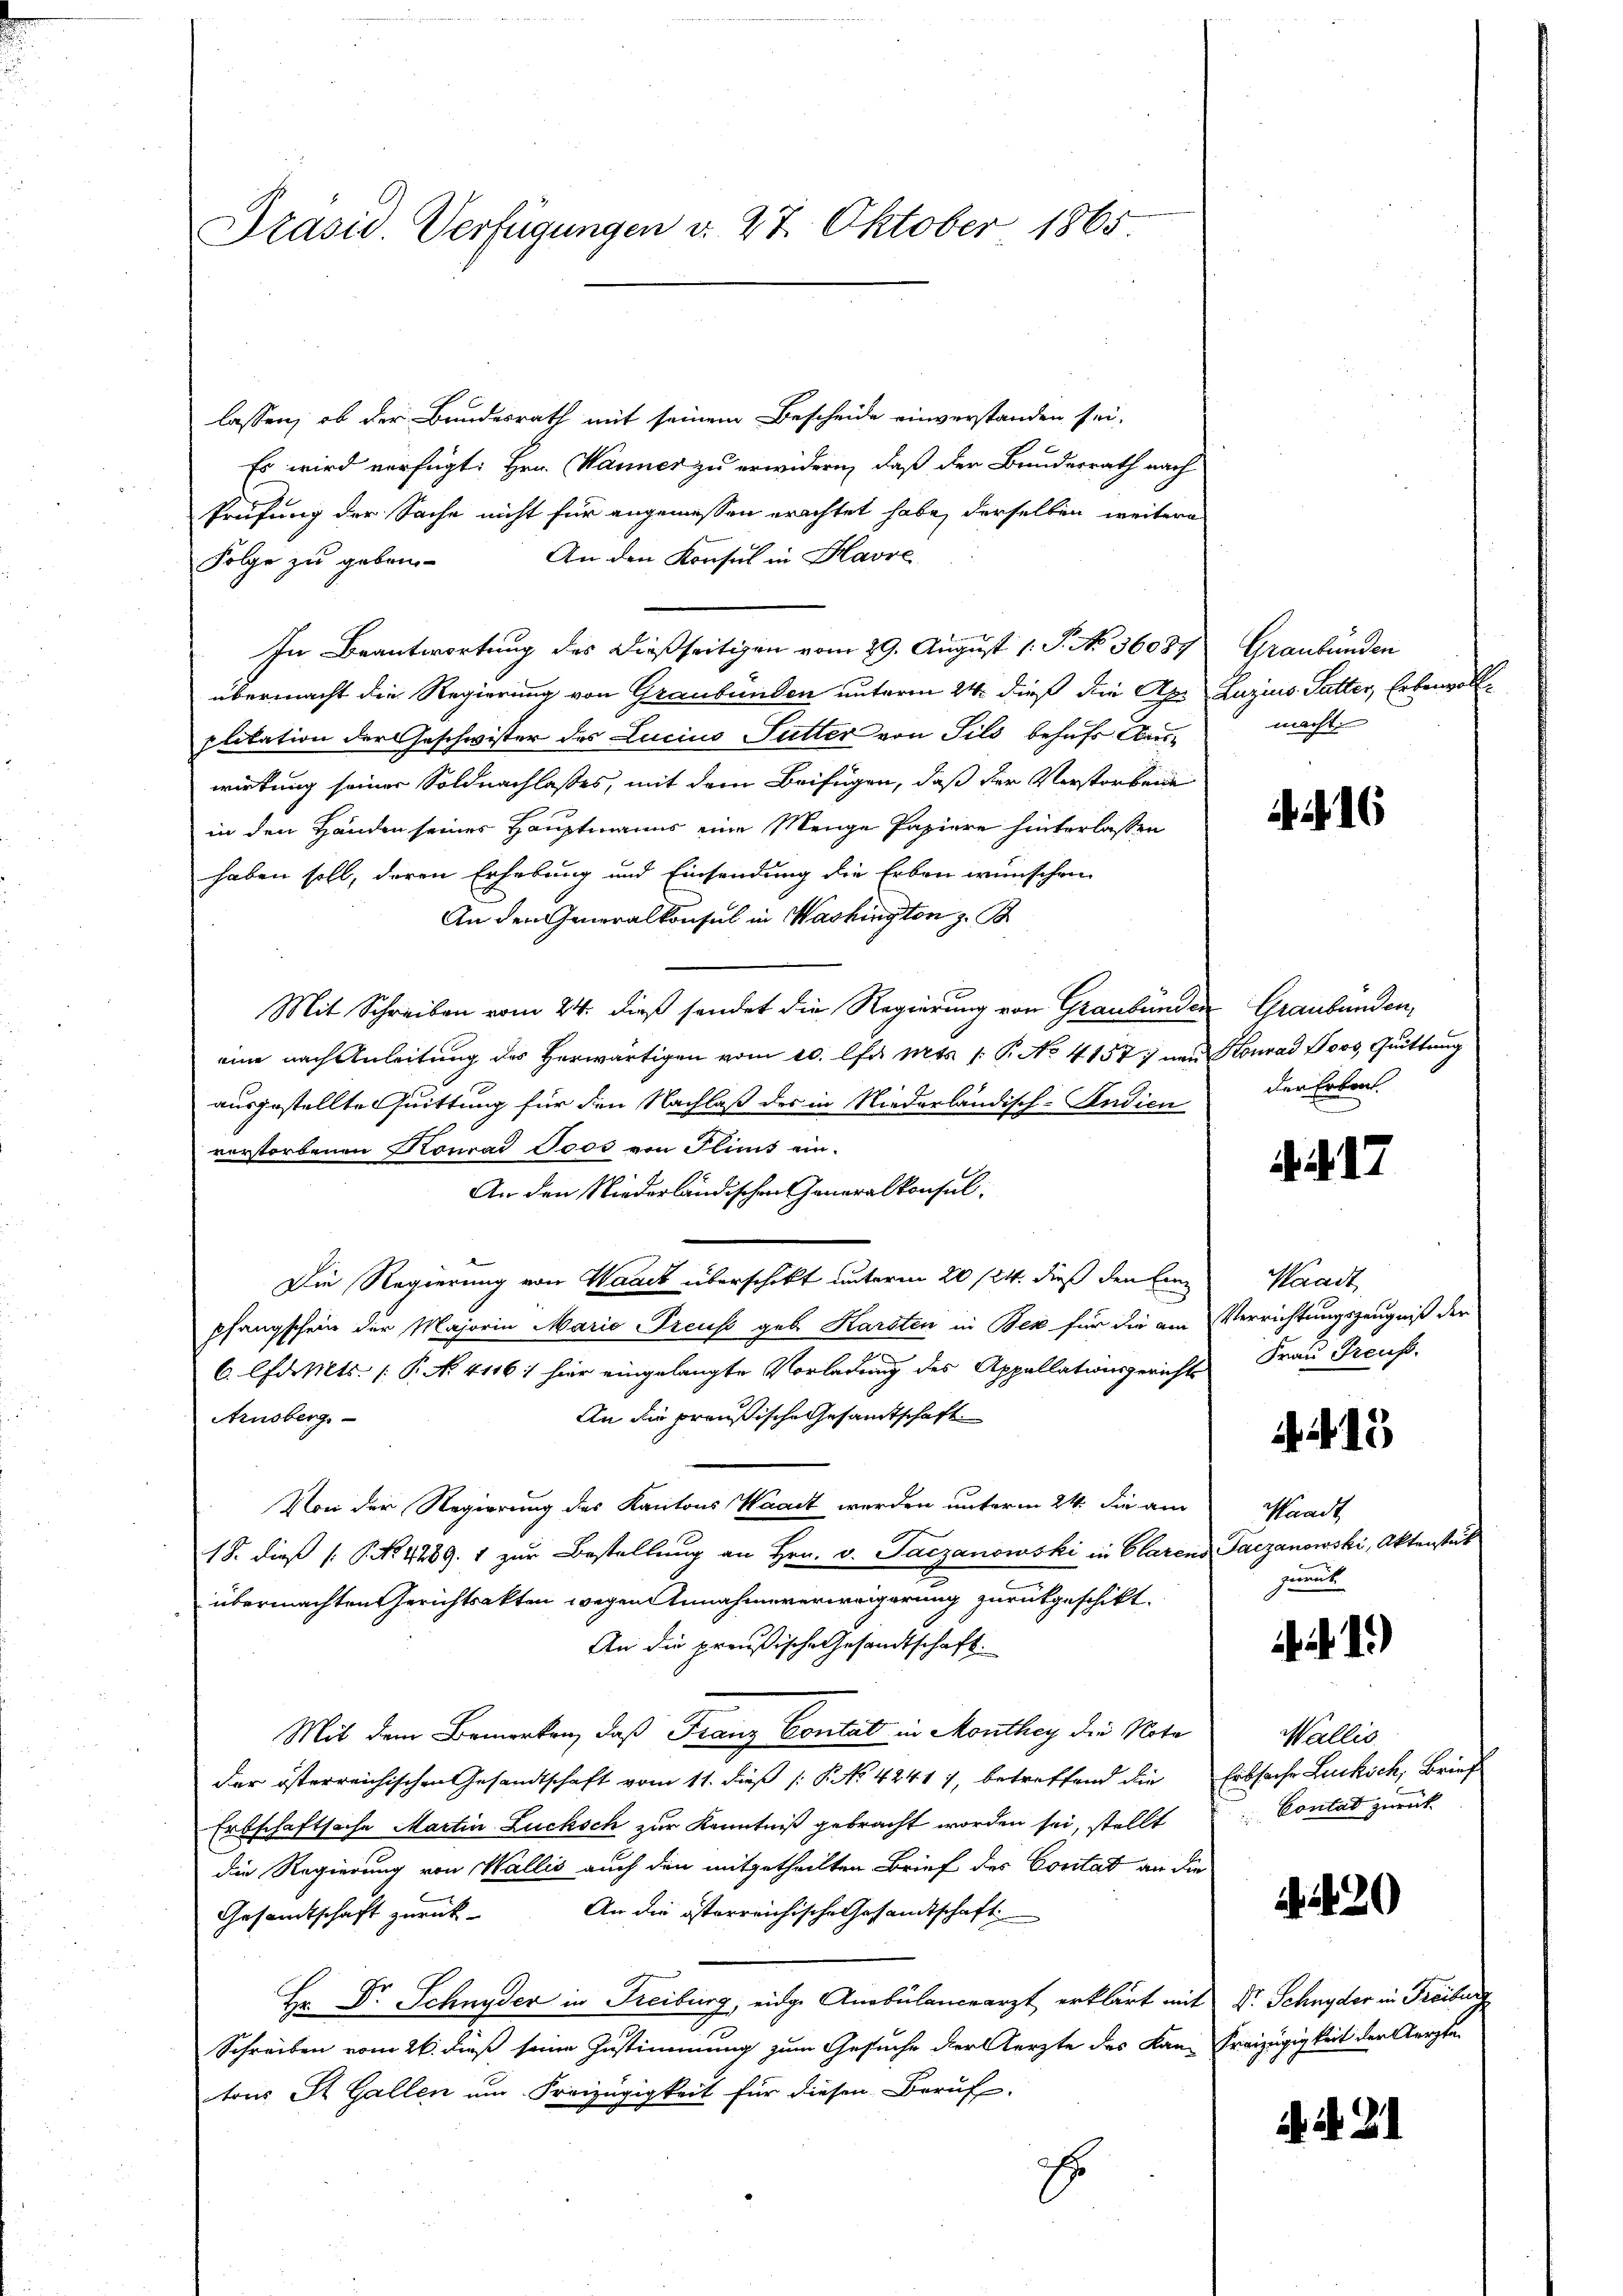
Präsid. Verfügungen d. 27. Oktober 1865.

lassen, ob der Bundesrath mit seinem Bescheide einverstanden sei.
Es wird verfügt: Hrn. Wanner zu erwidern, daß der Bundesrath nach
Prüfung der Sache nicht für angemessen erachtet habe, derselben weitere
An den Konsul in Havre
Folge zu gebrin-
In Beantwortung des dießseitigen vom 29. August 1. P. No 36087 Graubünden
übermacht die Regierung von Graubünden unterm 24. dieß die Apr Luzius Satter, Erbenvollplitation der Geschwister des Lucius Futter von Sils behufs Neuwirkung seiner Soldnachlasses, mit dem Beifügen, daß der Verstorbei
in den Handen seiner Hauptmanns eine Menge Papiere hinterlassen
haben soll, deren Erhebung und Einsendung die Erben wünschen
An den Generalkonsul in Washington z. B
Mit Schreiben vom 24. dieß sendet die Regierung von Graubünder Graubünden,
eine nach Anleitung des Herwärtigen vom 10. lfa Mts. 1. P. No 41577 und Konrad Boos, Quittung
ausgestellte Quittung für den Nachlaß des in Niederländisch-Vendicu
vorstorbenen Konrad Toos von Flims ein.
An den Niederländischen Generalkonsul
Die Regierung von Waadt überschikt unterm 20 /24. dieß den Eing
pfangschein der Majorin Maria Preuss geb. Karsten in Bex für die am Verrichtungszeugniß der
C. lfd. Mts. (T. N. 4116: hier eingelangte Vorladung des Appellationsgerichts
An die preußische Gesandtschaft
Arnsberg.
Von der Regierung des Kantons Waadt werden unterm 24. die am
18. dieß (PNNo. 4289. 1 zur Bestellung an Hrn. v. Tarzanowski in Clarens Tarzanowski, Aktenstet
übermachten Gerichtsakten wegen Annahmeverweigerung zurückgeschikt.
An die preußische Gesandtschaft.
Mit dem Bemerken, daß Franz Contat in Monthey die Nota
der österreichischen Gesandtschaft vom 11. dieß P. No 42417, betreffend die Erbsache Leukich, Brief
Erbschaftsache Martin Lucksch zur Kenntniß gebracht worden sei, stellt
die Regierung von Wallis auch den mitgetheilten Brief des Contat an die
An die österreichische Gesandtschaft
Gesandtschaft zurück-
Hr Dr Schnyder in Freiburg, eidge Anobülancearzt erklärt mit Dr. Schnyder in Freibur
Schreiben vom 26. dieß seine Zustimmung zum Gesuche der Aerzte des Kan-Freizügigkeit der Aerzte
tons St. Gallen um Freizügigkeit für diesen Beruf
s
E

macht.

i. d. 16

der Erbaut.

A 17

Waadt
Frau Preuß.

415

Waadt
zurück

Wallis
Contat zurück

A. 1820

if. 21